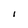
Character: I